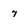
Character: 7